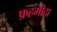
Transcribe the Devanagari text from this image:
फ़हमीदा